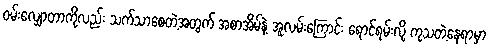
ဝမ်းလျှောတာကိုလည်း သက်သာစေတဲ့အတွက် အစာအိမ်နဲ့ အူလမ်းကြောင်း ရောင်ရမ်းလို့ ကုသတဲ့နေရာမှာ